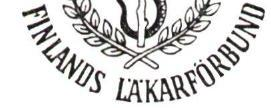
FINLANDS LÄKÄRFÖRBUND